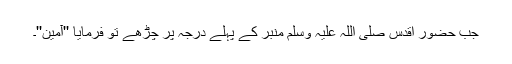
جب حضور اقدس صلی اللہ علیہ وسلم منبر کے پہلے درجہ پر چڑھے تو فرمایا ''آمین''۔